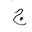
Letter: _gim